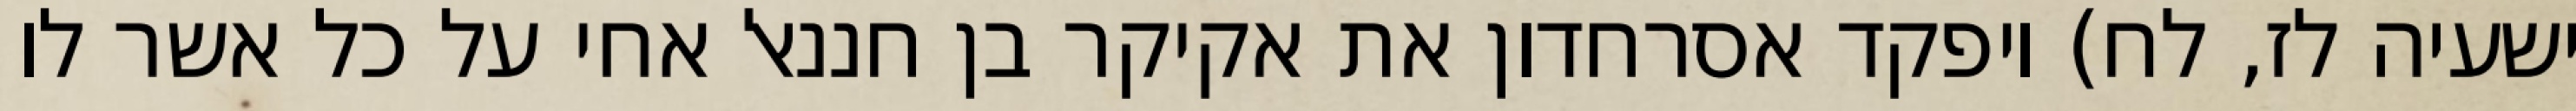
ישעיה לז, לח) ויפקד אסרחדון את אקיקר בן חננאל אחי על כל אשר לו